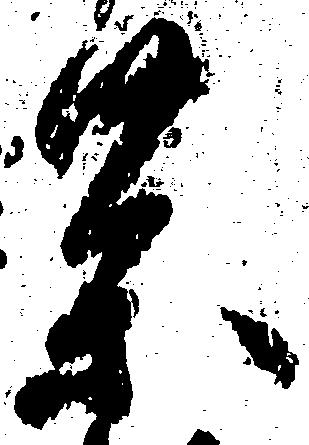
薬